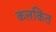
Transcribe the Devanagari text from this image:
कलकिंत